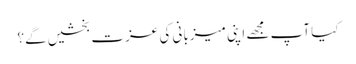
کیا آپ مجھے اپنی میزبانی کی عزت بخشیں گے؟